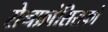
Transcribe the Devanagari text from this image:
सेनफ्रांसिसको